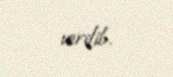
verilib.